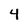
Character: 4